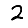
Digit: 2